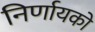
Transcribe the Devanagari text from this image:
निर्णायको